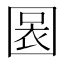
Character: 𡈃